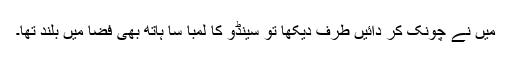
میں نے چونک کر دائیں طرف دیکھا تو سینڈو کا لمبا سا ہاتھ بھی فضا میں بلند تھا۔